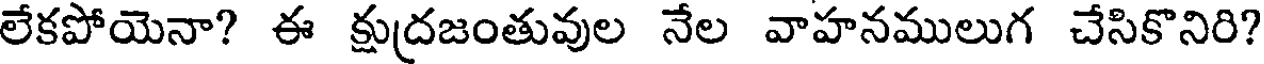
లేకపోయెనా? ఈ క్షుద్రజంతువుల నేల వాహనములుగ చేసికొనిరి?